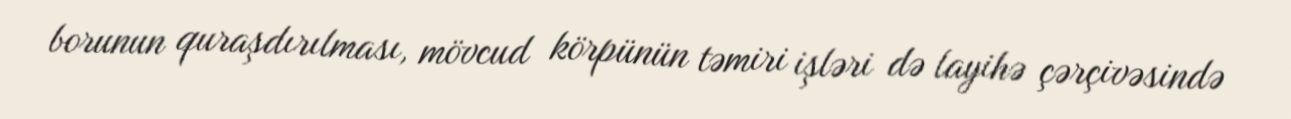
borunun quraşdırılması, mövcud körpünün təmiri işləri də layihə çərçivəsində